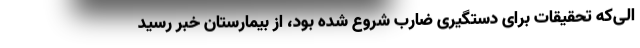
الی‌که تحقیقات برای دستگیری ضارب شروع شده بود، از بیمارستان خبر رسید